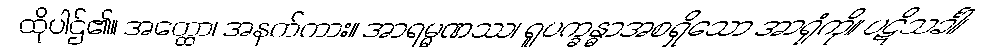
ထိုပါဌ်၏။ အတ္ထော၊ အနက်ကား။ အာရမ္မဏဿ၊ ရူပက္ခန္ဓာအစရှိသော အာရုံကို။ ပဋိသင်္ခါ၊